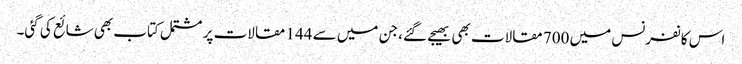
اس کانفرنس میں 700 مقالات بھی بھیجے گئے، جن میں سے 144 مقالات پر مشتمل کتاب بھی شائع کی گئی۔